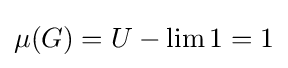
\mu (G)=U-\lim 1=1